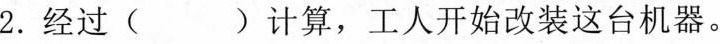
2.经过( )计算，工人开始改装这台机器。